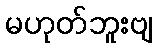
မဟုတ်ဘူးဗျ